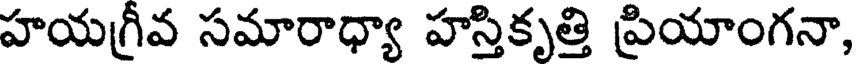
హయగ్రీవ సమారాధ్యా హస్తికృత్తి ప్రియాంగనా,